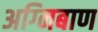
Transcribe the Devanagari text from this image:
अग्‍निबाण